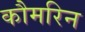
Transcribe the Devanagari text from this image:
कौमरिन